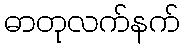
ဓာတုလက်နက်